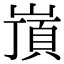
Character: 嵿